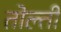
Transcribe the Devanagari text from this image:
तोल्ती